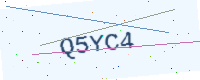
Text: Q5YC4